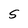
Character: S